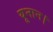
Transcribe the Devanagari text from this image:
यूनान।